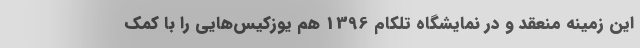
این زمینه منعقد و در نمایشگاه تلکام 1396 هم یوزکیس‌هایی را با کمک